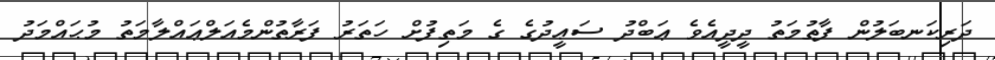
ދަރިކަނބަލުން ފާޠުމަތު ދީދީއެވެ ޢަބްދު ސަޢީދުގެ ގެ މަތިފުށް ހަތަރު ފަރާތުންމެއަލްޢައްލާމަތު މުޙައްމަދު